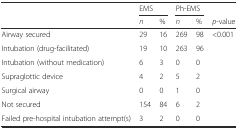
<table><thead><tr><td></td><td colspan="2"><b>EMS</b></td><td colspan="2"><b>Ph-EMS</b></td><td></td></tr><tr><td></td><td><b><i>n</i></b></td><td><b>%</b></td><td><b><i>n</i></b></td><td><b>%</b></td><td><b><i>p</i>-value</b></td></tr></thead><tbody><tr><td>Airway secured</td><td>29</td><td>16</td><td>269</td><td>98</td><td>&lt;0.001</td></tr><tr><td>Intubation (drug-facilitated)</td><td>19</td><td>10</td><td>263</td><td>96</td><td></td></tr><tr><td>Intubation (without medication)</td><td>6</td><td>3</td><td>0</td><td>0</td><td></td></tr><tr><td>Supraglottic device</td><td>4</td><td>2</td><td>5</td><td>2</td><td></td></tr><tr><td>Surgical airway</td><td>0</td><td>0</td><td>1</td><td>0</td><td></td></tr><tr><td>Not secured</td><td>154</td><td>84</td><td>6</td><td>2</td><td></td></tr><tr><td>Failed pre-hospital intubation attempt(s)</td><td>3</td><td>2</td><td>0</td><td>0</td><td></td></tr></tbody></table>